Indian journal of veterinary science and animal husbandry - Volume 6,
Year: 1936
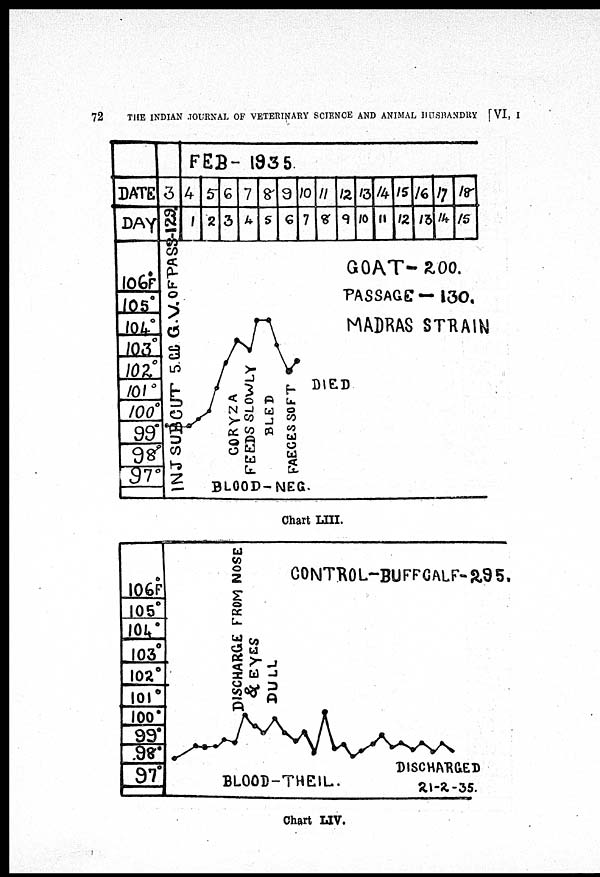
72
THE INDIAN JOURNAL OF VETERINARY SCIENCE AND ANIMAL HUSBANDRY [VI, I
Chart LIII.
Chart LIV.